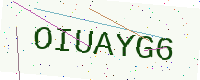
Text: OIUAYG6